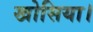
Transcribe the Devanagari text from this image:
खोसिया।